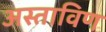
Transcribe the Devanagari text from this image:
अस्ताविण